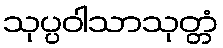
သုပ္ပဝါသာသုတ္တံ